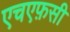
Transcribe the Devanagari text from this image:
एचएफ़सी